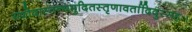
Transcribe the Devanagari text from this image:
यशोदास्तन्यमुदितस्तृणावर्तादिदुस्सहः।